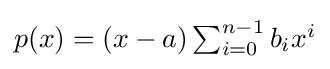
{\textstyle p(x)=(x-a)\sum _{i=0}^{n-1}b_{i}x^{i}}